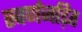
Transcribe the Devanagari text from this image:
स्वर्णजड़ित